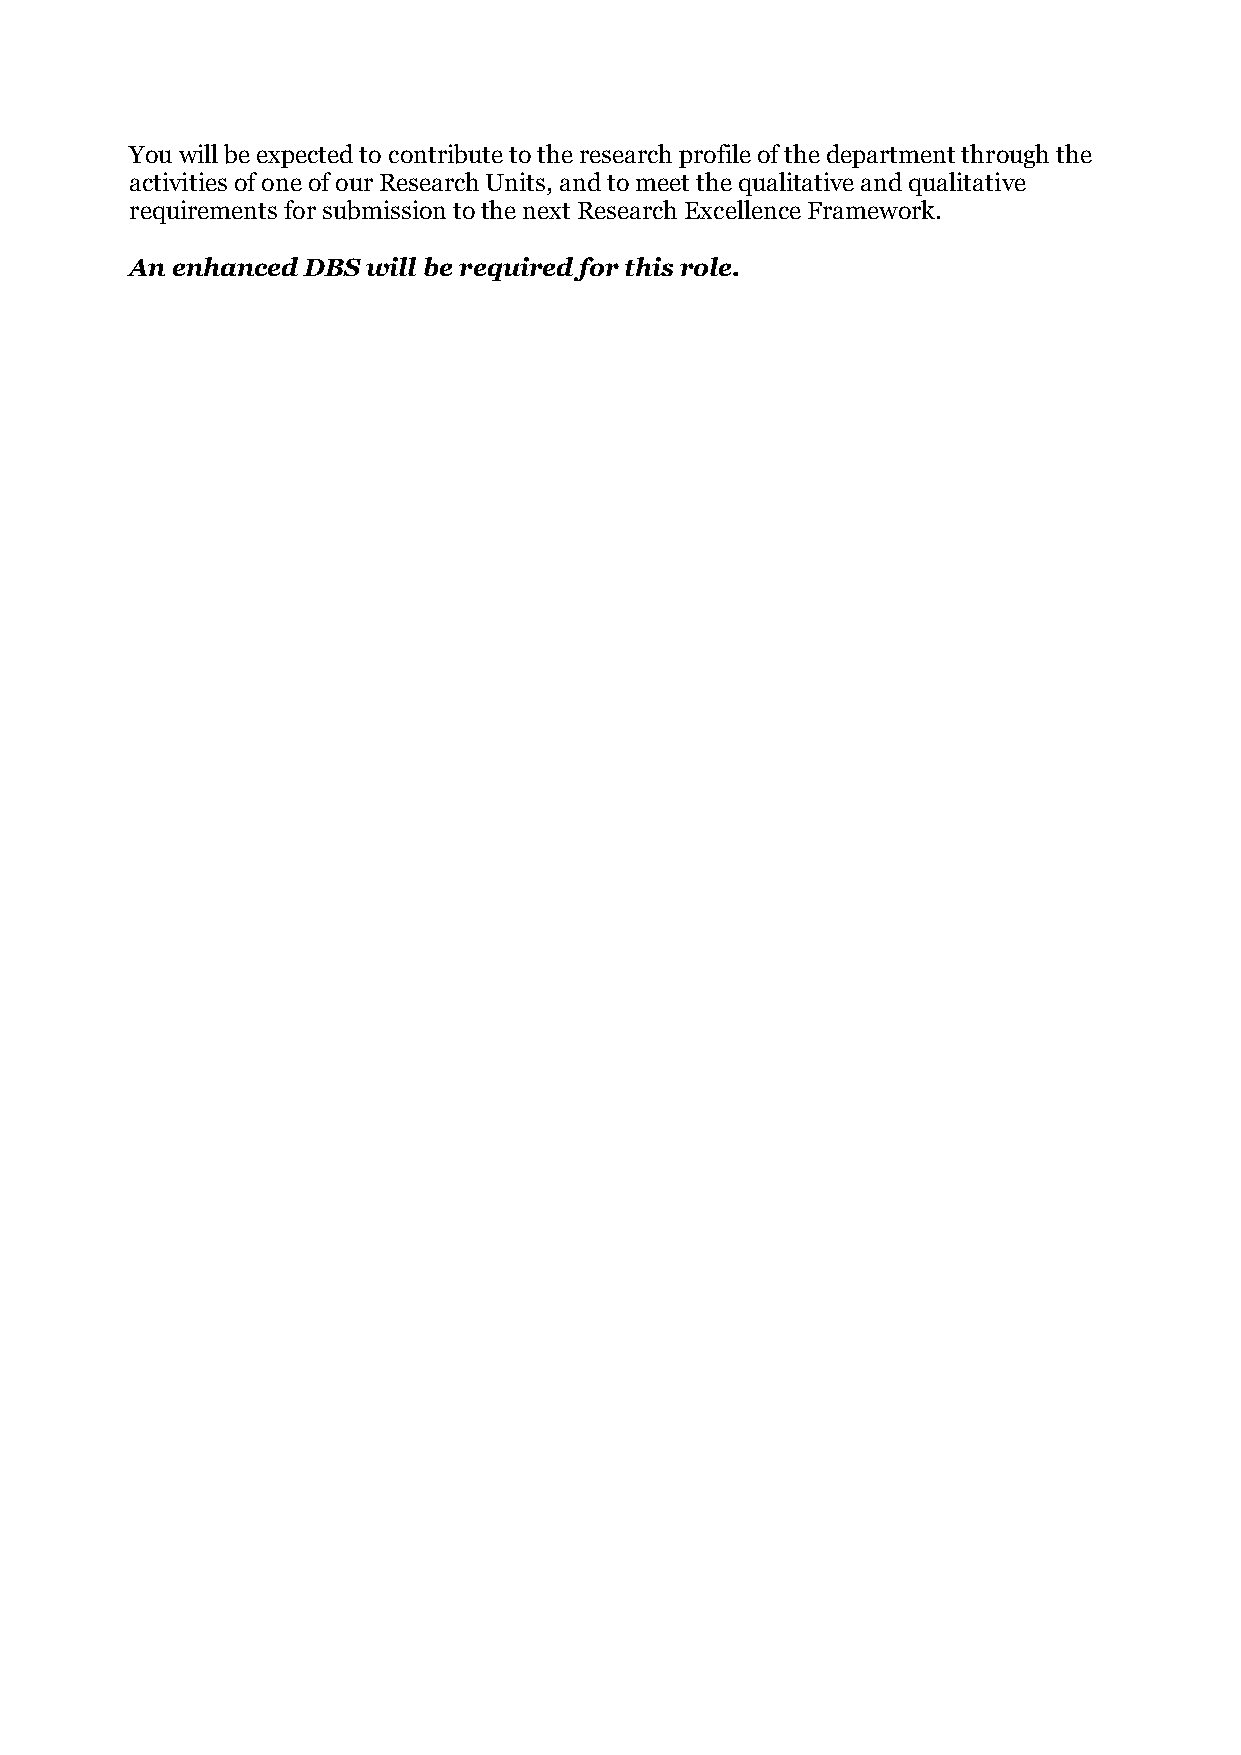
You will be expected to contribute to the research profile of the department through the
 activities of one of our Research Units, and to meet the qualitative and qualitative
 requirements for submission to the next Research Excellence Framework.
 An enhanced DBS will be required for this role.